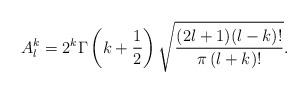
LaTeX: \begin{align*}A_l^k=2^k\Gamma\left(k+\frac{1}{2}\right)\sqrt{\frac{(2l+1)(l-k)!}{\pi\,(l+k)!}}.\end{align*}